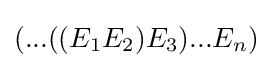
(...((E_{1}E_{2})E_{3})...E_{n})